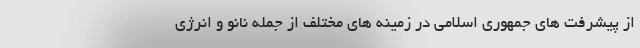
از پیشرفت های جمهوری اسلامی در زمینه های مختلف از جمله نانو و انرژی